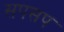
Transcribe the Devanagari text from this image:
सपसप